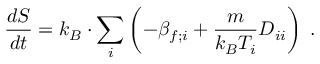
\frac { d S } { d t } = k _ { B } \cdot \sum _ { i } \left( - \beta _ { f ; i } + \frac { m } { k _ { B } T _ { i } } D _ { i i } \right) \; .